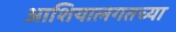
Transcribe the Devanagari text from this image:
आशियालगतच्या